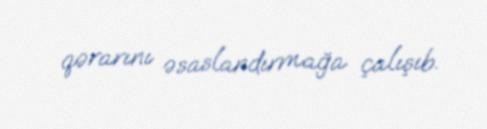
qərarını əsaslandırmağa çalışıb.